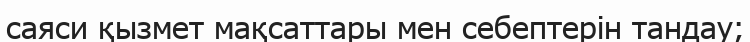
саяси қызмет мақсаттары мен себептерін тандау;